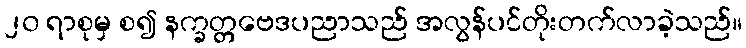
၂၀ ရာစုမှ စ၍ နက္ခတ္တဗေဒပညာသည် အလွန်ပင်တိုးတက်လာခဲ့သည်။